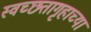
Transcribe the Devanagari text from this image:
स्वच्छतागृहाच्या